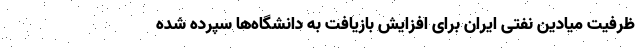
ظرفیت میادین نفتی ایران برای افزایش بازیافت به دانشگاه‌ها سپرده شده